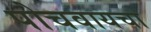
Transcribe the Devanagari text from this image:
पोचवायचा